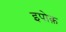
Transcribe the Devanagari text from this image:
इपोक़